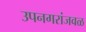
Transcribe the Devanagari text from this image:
उपनगरांजवळ